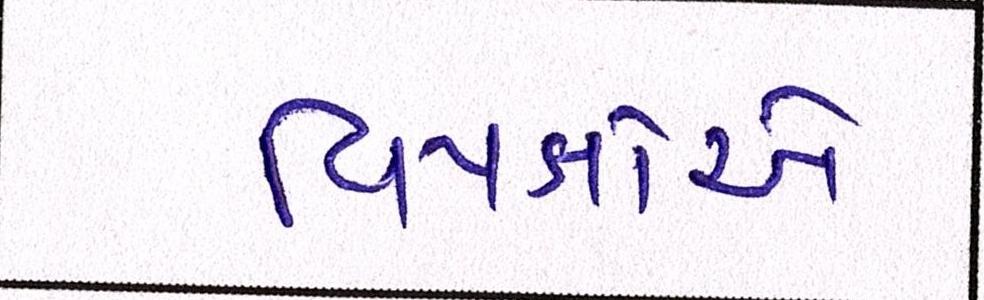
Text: વિપક્ષોએ